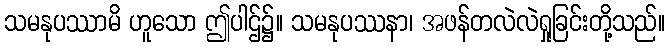
သမနုပဿာမိ ဟူသော ဤပါဌ်၌။ သမနုပဿနာ၊ အဖန်တလဲလဲရှုခြင်းတို့သည်။